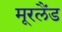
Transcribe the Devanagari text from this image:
मूरलैंड